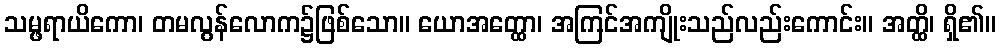
သမ္ဖရာယိကော၊ တမလွန်လောက၌ဖြစ်သော။ ယောအတ္ထော၊ အကြင်အကျိုးသည်လည်းကောင်း။ အတ္ထိ၊ ရှိ၏။